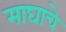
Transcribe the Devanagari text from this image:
माघाचे